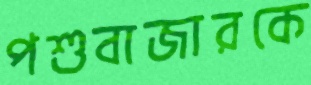
পশুবাজারকে